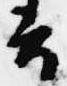
云